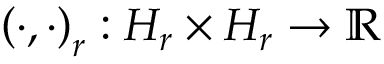
\left( \cdot , \cdot \right) _ { r } : H _ { r } \times H _ { r } \rightarrow \mathbb { R }